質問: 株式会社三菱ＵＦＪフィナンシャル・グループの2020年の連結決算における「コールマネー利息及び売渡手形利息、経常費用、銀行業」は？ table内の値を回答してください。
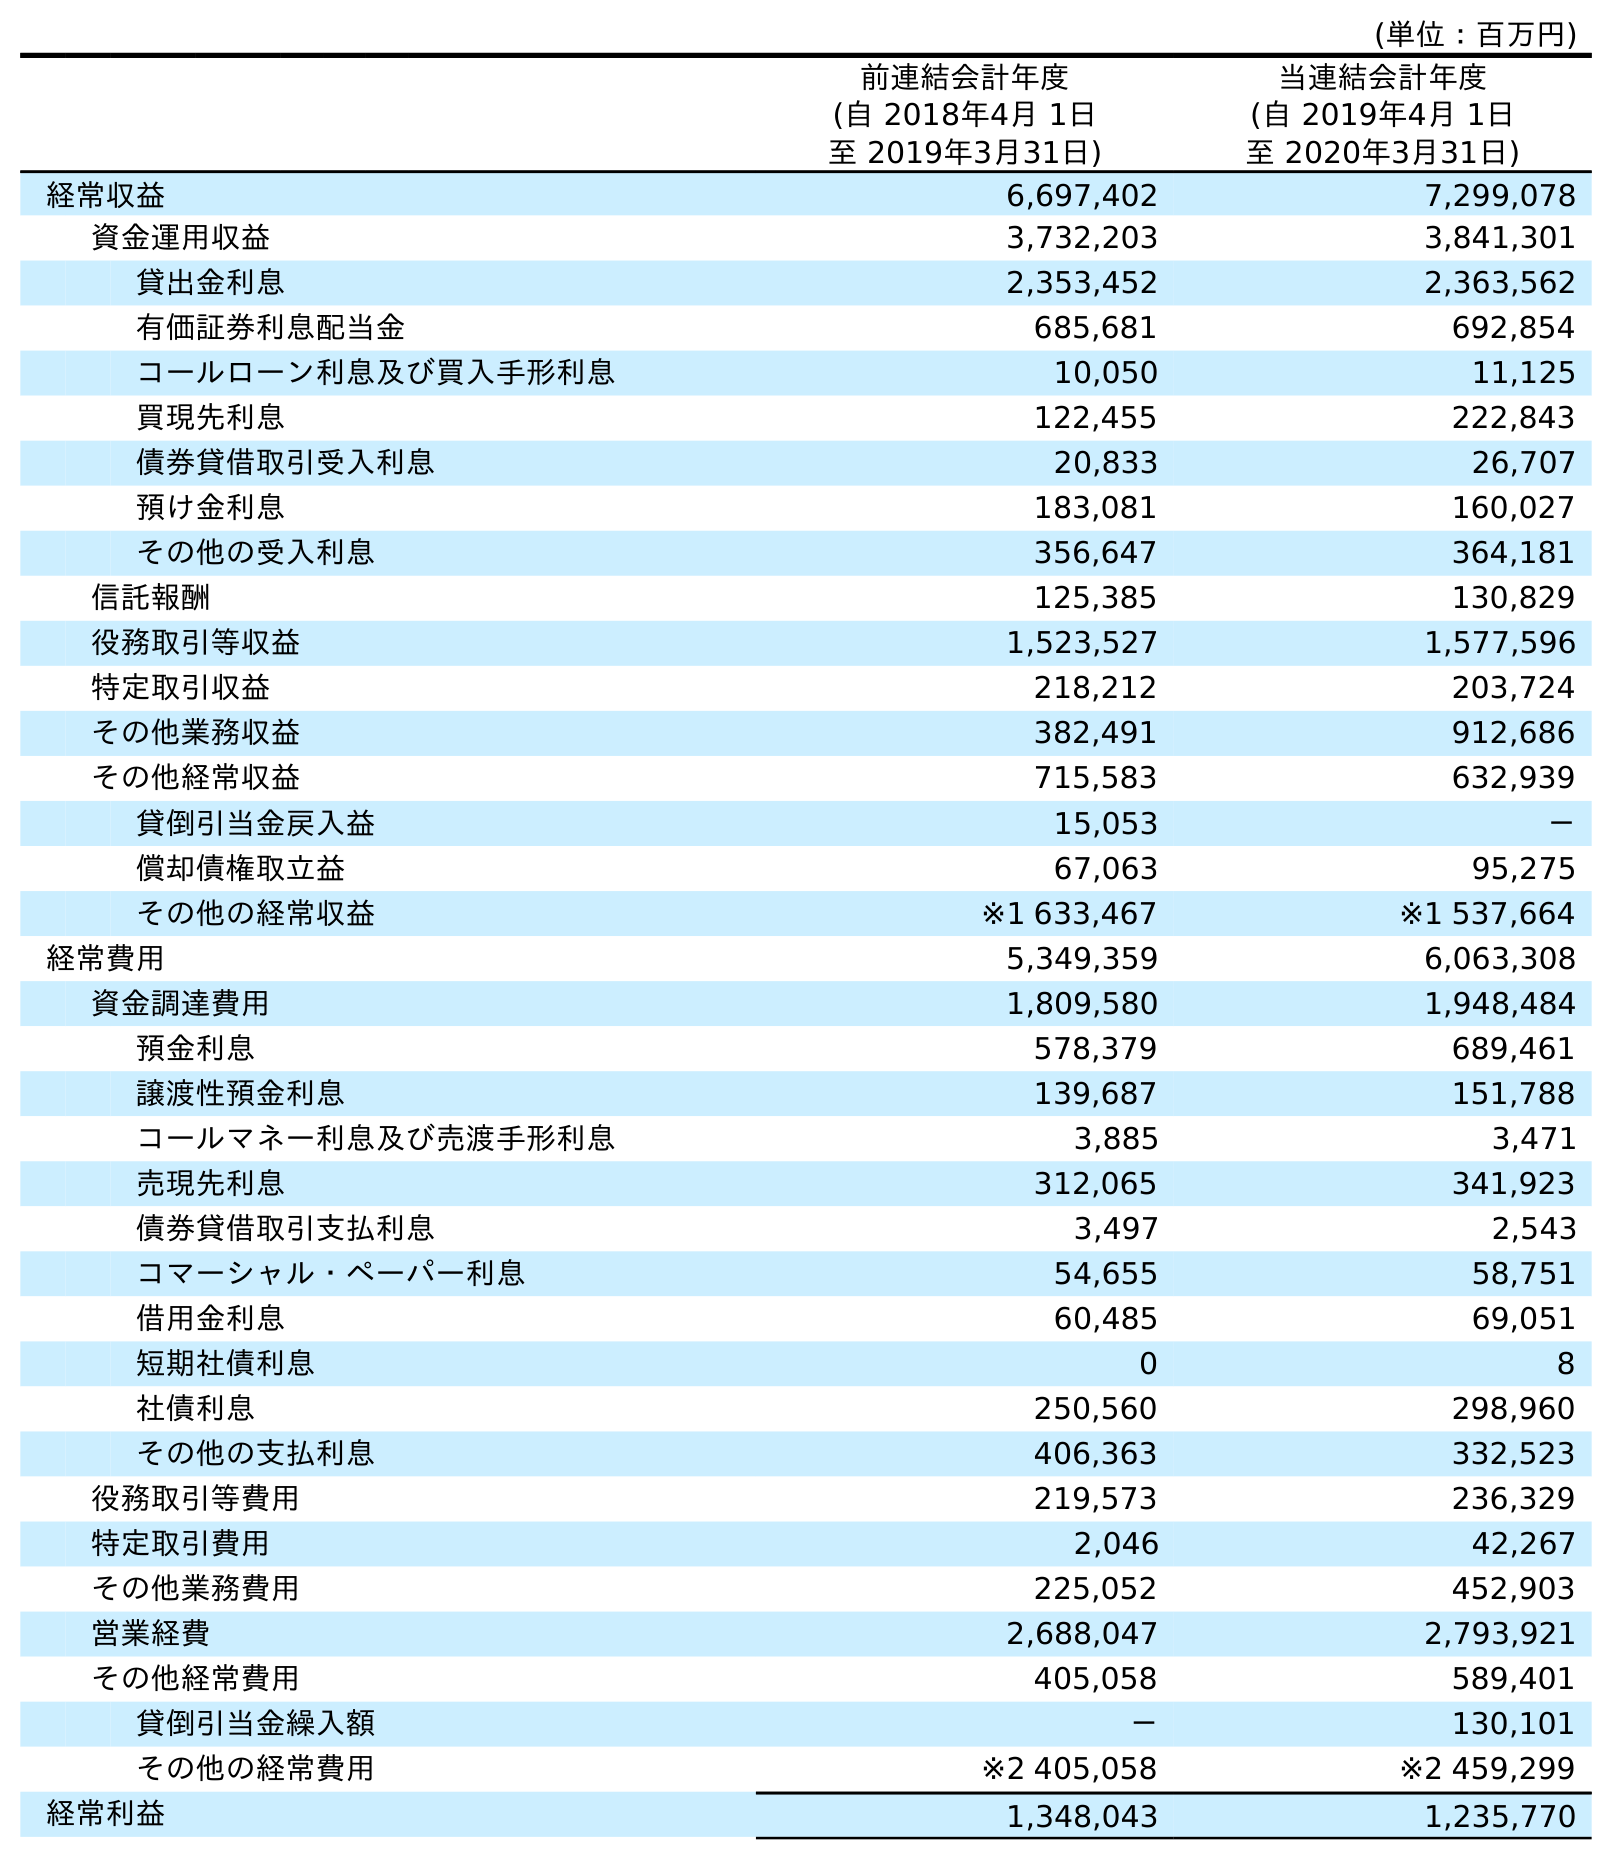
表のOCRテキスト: (単位：百万円) 前連結会計年度 (自 2018年4月 1日 至 2019年3月31日) 当連結会計年度 (自 2019年4月 1日 至 2020年3月31日) 経常収益 6,697,402 7,299,078 資金運用収益 3,732,203 3,841,301 貸出金利息 2,353,452 2,363,562 有価証券利息配当金 685,681 692,854 コールローン利息及び買入手形利息 10,050 11,125 買現先利息 122,455 222,843 債券貸借取引受入利息 20,833 26,707 預け金利息 183,081 160,027 その他の受入利息 356,647 364,181 信託報酬 125,385 130,829 役務取引等収益 1,523,527 1,577,596 特定取引収益 218,212 203,724 その他業務収益 382,491 912,686 その他経常収益 715,583 632,939 貸倒引当金戻入益 15,053 － 償却債権取立益 67,063 95,275 その他の経常収益 ※1 633,467 ※1 537,664 経常費用 5,349,359 6,063,308 資金調達費用 1,809,580 1,948,484 預金利息 578,379 689,461 譲渡性預金利息 139,687 151,788 コールマネー利息及び売渡手形利息 3,885 3,471 売現先利息 312,065 341,923 債券貸借取引支払利息 3,497 2,543 コマーシャル・ペーパー利息 54,655 58,751 借用金利息 60,485 69,051 短期社債利息 0 8 社債利息 250,560 298,960 その他の支払利息 406,363 332,523 役務取引等費用 219,573 236,329 特定取引費用 2,046 42,267 その他業務費用 225,052 452,903 営業経費 2,688,047 2,793,921 その他経常費用 405,058 589,401 貸倒引当金繰入額 － 130,101 その他の経常費用 ※2 405,058 ※2 459,299 経常利益 1,348,043 1,235,770
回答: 3,471